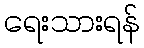
ရေးသားရန်